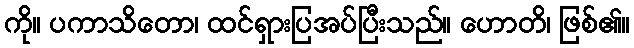
ကို။ ပကာသိတော၊ ထင်ရှားပြအပ်ပြီးသည်။ ဟောတိ၊ ဖြစ်၏။